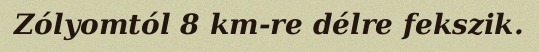
Zólyomtól 8 km-re délre fekszik.